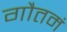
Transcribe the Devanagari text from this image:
गौतमं